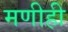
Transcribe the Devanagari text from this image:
मणीही